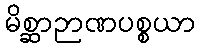
မိစ္ဆာဉာဏပစ္စယာ